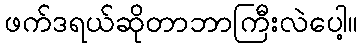
ဖက်ဒရယ်ဆိုတာဘာကြီးလဲပေါ့။